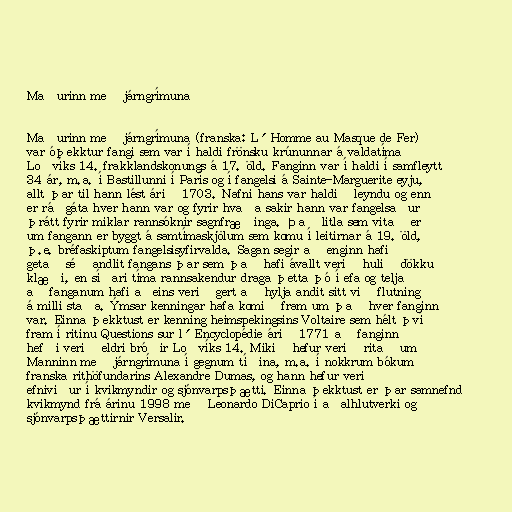
Maðurinn með járngrímuna

Maðurinn með járngrímuna (franska: L´Homme au Masque de Fer)
var óþekktur fangi sem var í haldi frönsku krúnunnar á valdatíma
Loðvíks 14. frakklandskonungs á 17. öld. Fanginn var í haldi í samfleytt
34 ár, m.a. í Bastillunni í París og í fangelsi á Sainte-Marguerite eyju,
allt þar til hann lést árið 1703. Nafni hans var haldið leyndu og enn
er ráðgáta hver hann var og fyrir hvaða sakir hann var fangelsaður
þrátt fyrir miklar rannsóknir sagnfræðinga. Það litla sem vitað er
um fangann er byggt á samtímaskjölum sem komu í leitirnar á 19. öld,
þ.e. bréfaskiptum fangelsisyfirvalda. Sagan segir að enginn hafi
getað séð andlit fangans þar sem það hafi ávallt verið hulið dökku
klæði, en síðari tíma rannsakendur draga þetta þó í efa og telja
að fanganum hafi aðeins verið gert að hylja andit sitt við flutning
á milli staða. Ýmsar kenningar hafa komið fram um það hver fanginn
var. Einna þekktust er kenning heimspekingsins Voltaire sem hélt því
fram í ritinu Questions sur l´Encyclopédie árið 1771 að fanginn
hefði verið eldri bróðir Loðvíks 14. Mikið hefur verið ritað um
Manninn með járngrímuna í gegnum tíðina, m.a. í nokkrum bókum
franska rithöfundarins Alexandre Dumas, og hann hefur verið
efniviður í kvikmyndir og sjónvarpsþætti. Einna þekktust er þar samnefnd
kvikmynd frá árinu 1998 með Leonardo DiCaprio í aðalhlutverki og
sjónvarpsþættirnir Versalir.